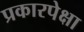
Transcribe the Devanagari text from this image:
प्रकारपेक्षा